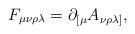
LaTeX: \begin{align*}F_{\mu\nu\rho\lambda} = \partial_{[\mu} A_{\nu\rho\lambda]},\end{align*}